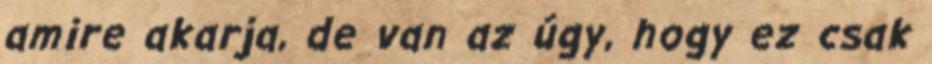
amire akarja, de van az úgy, hogy ez csak